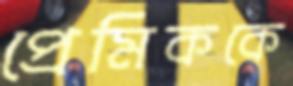
প্রেমিককে